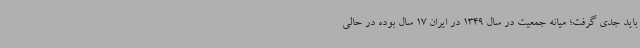
باید جدی گرفت؛ میانه جمعیت در سال 1349 در ایران 17 سال بوده در حالی